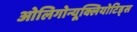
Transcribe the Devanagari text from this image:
ओलिगोन्यूक्लियोटिड्स